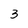
Character: 3